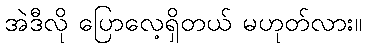
အဲဒီလို ပြောလေ့ရှိတယ် မဟုတ်လား။